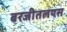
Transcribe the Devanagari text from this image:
बरजीतलयस